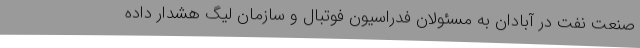
صنعت نفت در آبادان به مسئولان فدراسیون فوتبال و سازمان لیگ هشدار داده